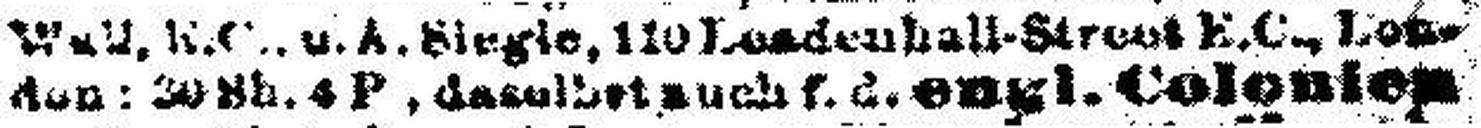
don: 80 Sb. 4 P., daselbst auch f. d. engl. Colonien